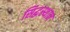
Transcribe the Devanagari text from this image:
सिद्धस्थान